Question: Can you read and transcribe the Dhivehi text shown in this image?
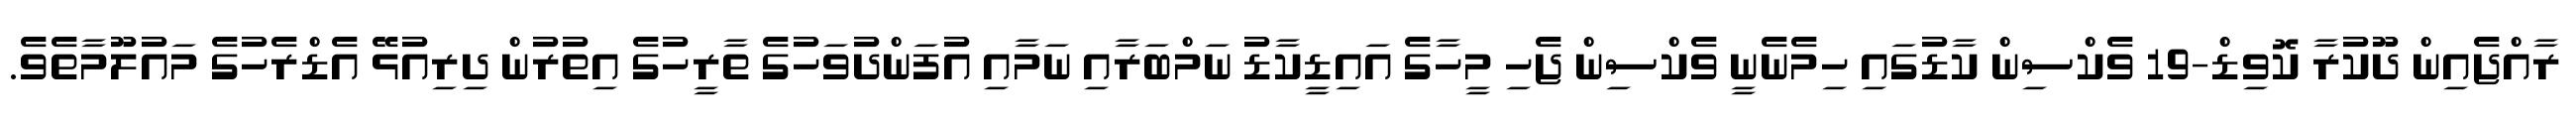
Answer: ރާއްޖެއިން ދޫކުރާ ކޮވިޑް-19 ވެކްސިން ކާޑުގައި ހިމެނެނީ ވެކްސިން ޖެހި މީހާގެ އައިޑީކާޑު ނަމްބަރާއި ނަމާއި އުފަންދުވަހުގެ ތާރީހުގެ އިތުރުން ދިރިއުޅޭ އެޑްރެހުގެ މައުލޫމާތެވެ.